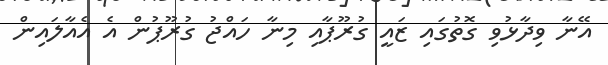
އޭނާ ވިދާޅުވި ގޮތުގައި ޒައީ ގުރޫޕާއި މިނާ ހައްޖު ގުރޫޕުން އެ އެއާލައިން